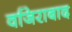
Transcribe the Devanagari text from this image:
वजिराबाद